Vaccine operations Central Provinces & Berar 1922-1929 - 1922-1929
Year: 1922
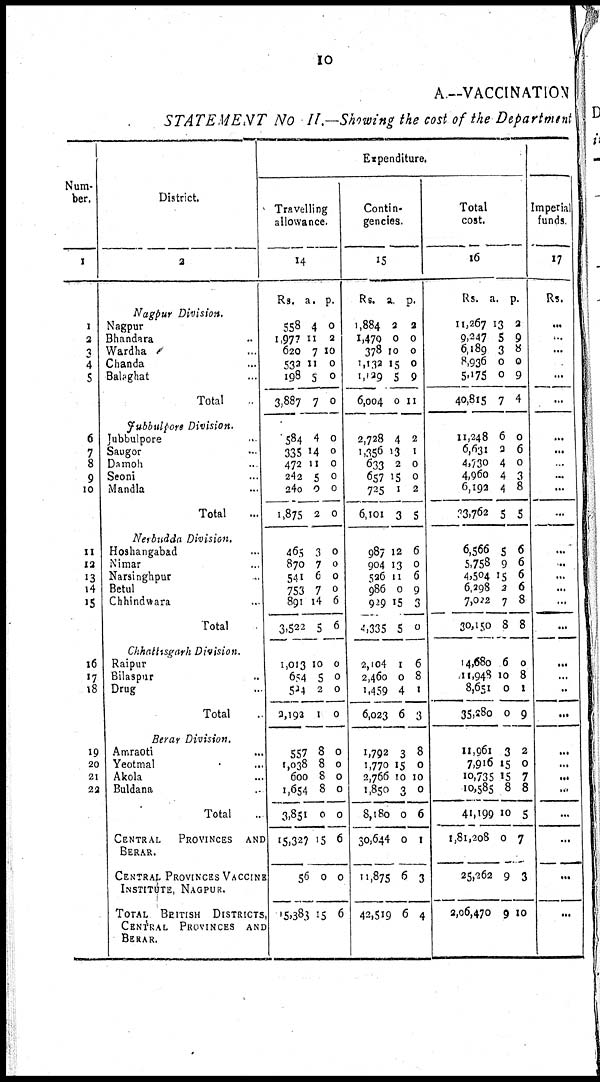
10
A—VACCINATION
STATEMENT No II.—Showing the cost of the Department
Num-
ber.
1
1
2
3
4
5
6
7
8
9
10
11
12
13
14
15
16
17
18
19
20
21
22
District.
2
Nagpur Division.
Nagpur ...
Bhandara ...
Wardha ...
Chanda ...
Balaghat ...
Total ...
Jubbulpore Division.
Jubbulpore ...
Saugor ...
Damoh ...
Seoni ...
Mandla ...
Total ...
Nerbudda Division.
Hoshangabad ...
Nimar ...
Narsinghpur ...
Betul ...
Chhindwara ...
Total ...
Chhattisgarh Division.
Raipur ...
Bilaspur ...
Drug ...
Total ...
Berar Division.
Amraoti ...
Yeotmal ...
Akola ...
Buldana ...
Total ...
CENTRAL
PROVINCES AND
BERAR.
CENTRAL PROVINCES VACCINE
INSTITUTE, NAGPUR.
TOTAL BRITISH DISTRICTS,
CENTRAL PROVINCES AND
BERAR.
Expenditure.
Travelling
allowance.
14
Rs. a. p.
558
1,977
620
532
198
3,887
4
11
7
11
5
7
0
2
10
0
0
0
584
335
472
242
240
1,875
4
14
11
5
0
2
0
0
0
0
0
0
465
870
541
753
891
3,522
3
7
6
7
14
5
0
0
0
0
6
6
1,013
654
524
2,192
10
5
2
1
0
0
0
0
557
1,038
600
1,654
3,851
15,327
56
15,383
8
8
8
8
0
15
0
15
0
0
0
0
0
6
0
6
Contin-
gencies.
15
Rs. a. p.
1,884
1,470
378
1,132
1,129
6,004
2
0
10
15
5
0
2
0
0
0
9
11
2,728
1,356
633
657
725
6,101
4
13
2
15
1
3
2
1
0
0
2
5
987
904
526
986
929
4,335
12
13
11
0
15
5
6
0
6
9
3
0
2,104
2,460
1,459
6,023
1
0
4
6
6
8
1
3
1,792
1,770
2,766
1,850
8,180
30,644
11,875
42,519
3
15
10
0
0
0
6
6
8
0
10
0
6
1
3
4
Total
cost.
16
Rs. a. p.
11,267
9,247
6,189
8,936
5,175
40,815
13
5
3
0
0
7
2
9
8
0
9
4
11,248
6,631
4,730
4,960
6,192
33,762
6
2
4
4
4
5
0
6
0
3
8
5
6,566
5,758
4,504
6,298
7,022
30,150
5
9
15
2
7
8
6
6
6
6
8
8
14,680
11,948
8,651
35,280
6
10
0
0
0
8
1
9
11,961
7,916
10,735
10,585
41,199
1,81,208
25,262
2,06,470
3
15
15
8
10
0
9
9
2
0
7
8
5
7
3
10
Imperial
funds
17
Rs.
...
...
...
...
...
...
...
...
...
...
...
...
...
...
...
...
...
...
...
...
...
...
...
...
...
...
...
...
...
...